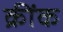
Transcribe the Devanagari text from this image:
क्रींक